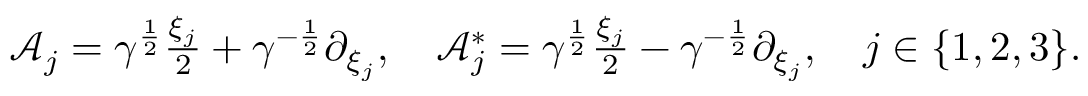
\begin{array} { r } { \mathcal A _ { j } = \gamma ^ { \frac { 1 } { 2 } } \frac { \xi _ { j } } { 2 } + \gamma ^ { - \frac { 1 } { 2 } } \partial _ { \xi _ { j } } , \ \ \ \mathcal A _ { j } ^ { * } = \gamma ^ { \frac { 1 } { 2 } } \frac { \xi _ { j } } { 2 } - \gamma ^ { - \frac { 1 } { 2 } } \partial _ { \xi _ { j } } , \ \ \ j \in \{ 1 , 2 , 3 \} . } \end{array}